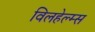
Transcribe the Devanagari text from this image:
विलहेल्म्स